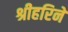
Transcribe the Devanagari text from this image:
श्रीहरिने